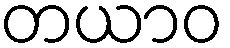
တယာဝ